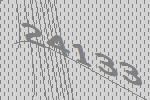
24133